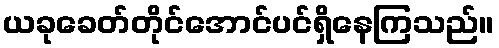
ယခုခေတ်တိုင်အောင်ပင်ရှိနေကြသည်။